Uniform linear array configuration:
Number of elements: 64
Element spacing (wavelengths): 1
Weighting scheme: exponential
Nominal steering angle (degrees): -60
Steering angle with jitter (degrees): -60.251
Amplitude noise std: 0.05
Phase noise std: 0.05

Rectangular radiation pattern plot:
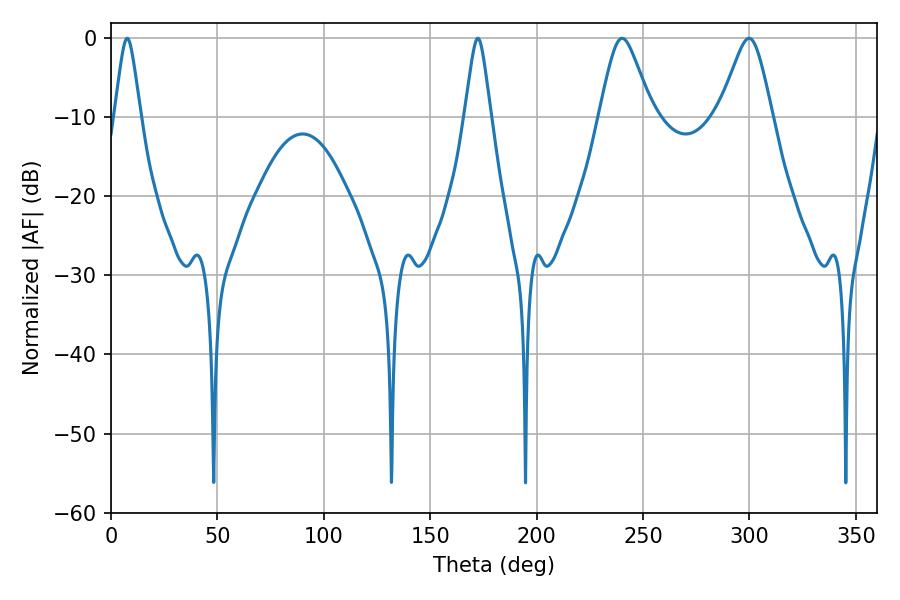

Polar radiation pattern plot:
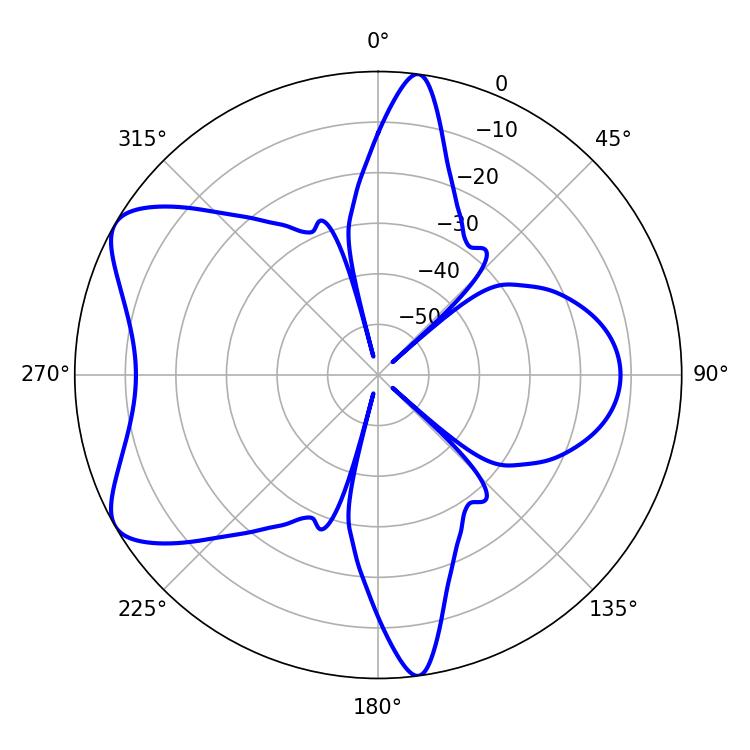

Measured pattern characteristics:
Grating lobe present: TRUE
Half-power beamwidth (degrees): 11.88
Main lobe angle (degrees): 240.12